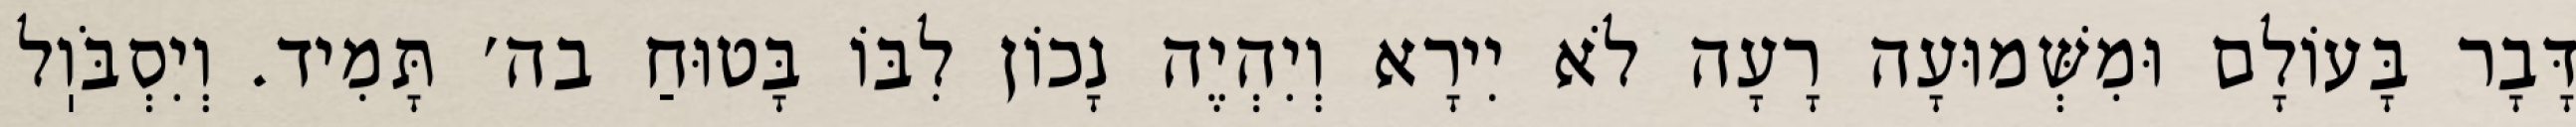
דָּבָר בָּעוֹלָם וּמִשְּׁמוּעָה רָעָה לֹא יִירָא וְיִהְיֶה נָכוֹן לִבּוֹ בָּטוּחַ בה׳ תָּמִיד. וְיִסְבֹּוֽל